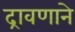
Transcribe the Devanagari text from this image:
द्रावणाने